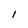
Character: l